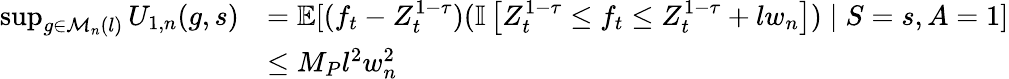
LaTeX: \begin{array}{rl}{\operatorname*{sup}_{g\in\mathcal{M}_{n}(l)}U_{1,n}(g,s)}&{=\mathbb E[(f_{t}-Z_{t}^{1-\tau})(\mathbb{I}\left[Z_{t}^{1-\tau}\leq f_{t}\leq Z_{t}^{1-\tau}+lw_{n}\right])\mid S=s,A=1]}\\ &{\leq M_{P}l^{2}w_{n}^{2}}\end{array}